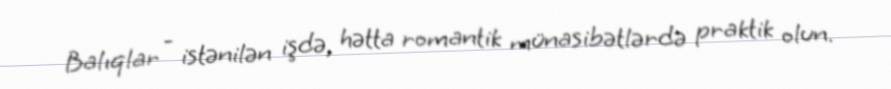
Balıqlar - istənilən işdə, hətta romantik münasibətlərdə praktik olun.